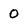
Character: 0